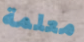
معلمة